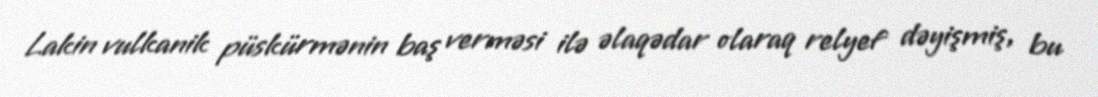
Lakin vulkanik püskürmənin baş verməsi ilə əlaqədar olaraq relyef dəyişmiş, bu